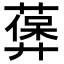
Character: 𦽻